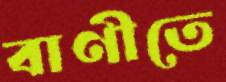
বাণীতে